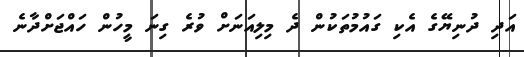
އަދި ދުނިޔޭގެ އެކި ގައުމުތަކުން ދެ މިލިއަނަށް ވުރެ ގިނަ މީހުން ހައްޖަށްދާނެ